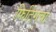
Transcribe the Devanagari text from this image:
फिटिंगचा